Annual administration report of the Civil Veterinary Department of India - 1898-1899
Year: 1898
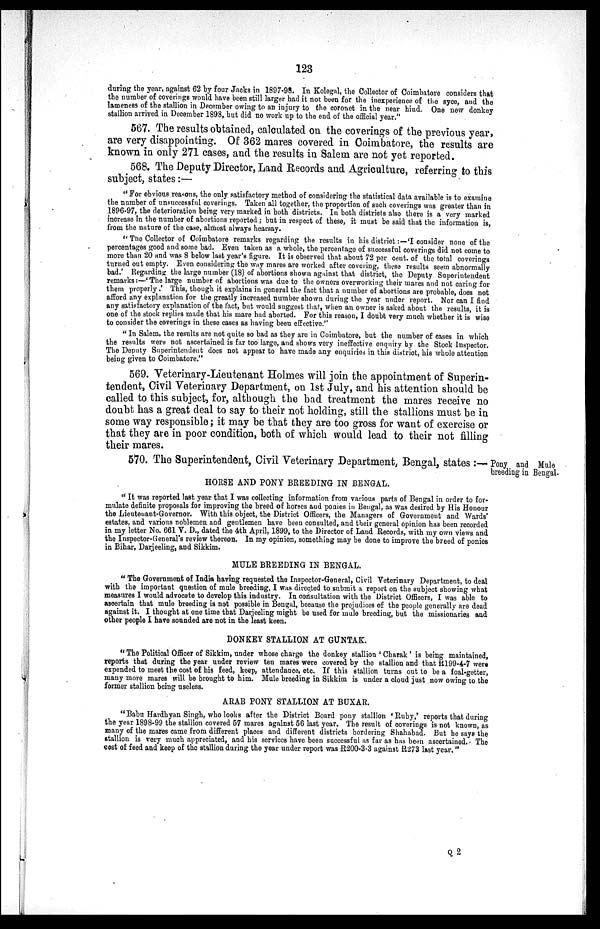
123
during the year, against 62 by four Jacks in 1897-98. In Kolegal, the Collector of Coimbatore considers that
the number of coverings would have been still larger had it not been for the inexperience of the syce, and the
lameness of the stallion in December owing to an injury to the coronet in the near hind. One new donkey
stallion arrived in December 1898, but did no work up to the end of the official year."
567. The results obtained, calculated on the coverings of the previous year,
are very disappointing. Of 362 mares covered in Coimbatore, the results are
known in only 271 cases, and the results in Salem are not yet reported.
568. The Deputy Director, Land Records and Agriculture, referring to this
subject, states:—
"For obvious reasons, the only satisfactory method of considering the statistical data available is to examine
the number of unsuccessful coverings. Taken all together, the proportion of such coverings was greater than in
1896-97, the deterioration being very marked in both districts. In both districts also there is a very marked
increase in the number of abortions reported; but in respect of these, it must be said that the information is,
from the nature of the case, almost always hearsay.
"The Collector of Coimbatore remarks regarding the results in his district:—'I consider none of the
percentages good and some bad. Even taken as a whole, the percentage of successful coverings did not come to
more than 20 and was 8 below last year's figure. It is observed that about 72 per cent. of the total coverings
turned out empty. Even considering the way mares are worked after covering, these results seem abnormally
bad.' Regarding the large number (18) of abortions shown against that district, the Deputy Superintendent
remarks:—'The large number of abortions was due to the owners overworking their mares and not caring for
them properly.' This, though it explains in general the fact that a number of abortions are probable, does not
afford any explanation for the greatly increased number shown during the year under report. Nor can I find
any satisfactory explanation of the fact, but would suggest that, when an owner is asked about the results, it is
one of the stock replies made that his mare had aborted. For this reason, I doubt very much whether it is wise
to consider the coverings in these cases as having been effective."
" In Salem, the results are not quite so bad as they are in Coimbatore, but the number of cases in which
the results were not ascertained is far too large, and shows very ineffective enquiry by the Stock Inspector.
The Deputy Superintendent does not appear to have made any enquiries in this district, his whole attention
being given to Coimbatore."
569. Veterinary-Lieutenant Holmes will join the appointment of Superin-
tendent, Civil Veterinary Department, on 1st July, and his attention should be
called to this subject, for, although the bad treatment the mares receive no
doubt has a great deal to say to their not holding, still the stallions must be in
some way responsible; it may be that they are too gross for want of exercise or
that they are in poor condition, both of which would lead to their not filling
their mares.
Pony and Mule
breeding in Bengal.
570. The Superintendent, Civil Veterinary Department, Bengal, states:—
HORSE AND PONY BREEDING IN BENGAL.
"It was reported last year that I was collecting information from various parts of Bengal in order to for-
mulate definite proposals for improving the breed of horses and ponies in Bengal, as was desired by His Honour
the Lieutenant-Governor. With this object, the District Officers, the Managers of Government and Wards'
estates, and various noblemen and gentlemen have been consulted, and their general opinion has been recorded
in my letter No. 661 V. D., dated the 4th April, 1899, to the Director of Land Records, with my own views and
the Inspector-General's review thereon. In my opinion, something may be done to improve the breed of ponies
in Bihar, Darjeeling, and Sikkim.
MULE BREEDING IN BENGAL.
"The Government of India having requested the Inspector-General, Civil Veterinary Department, to deal
with the important question of mule breeding, I was directed to submit a report on the subject showing what
measures I would advocate to develop this industry. In consultation with the District Officers, I was able to
ascertain that mule breeding is not possible in Bengal, because the prejudices of the people generally are dead
against it. I thought at one time that Darjeeling might be used for mule breeding, but the missionaries and
other people I have sounded are not in the least keen.
DONKEY STALLION AT GUNTAK.
"The Political Officer of Sikkim, under whose charge the donkey stallion 'Charak' is being maintained,
reports that during the year under review ten mares were covered by the stallion and that R199-4-7 were
expended to meet the cost of his feed, keep, attendance, etc. If this stallion turns out to be a foal-getter,
many more mares will be brought to him. Mule breeding in Sikkim is under a cloud just now owing to the
former stallion being useless.
ARAB PONY STALLION AT BUXAR.
"Babu Hardhyan Singh, who looks after the District Board pony stallion 'Ruby,' reports that during
the year 1898-99 the stallion covered 57 mares against 56 last year. The result of coverings is not known, as
many of the mares came from different places and different districts bordering Shahabad. But he says the
stallion is very much appreciated, and his services have been successful as far as has been ascertained. The
cost of feed and keep of the stallion during the year under report was R200-3-3 against R273 last year."
Q 2